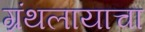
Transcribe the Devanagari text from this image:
ग्रंथलायाचा